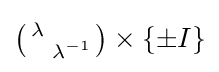
\left({\begin{smallmatrix}\lambda \\&\lambda ^{-1}\end{smallmatrix}}\right)\times \{\pm I\}